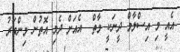
އެއީ މި އިސްލާމް ދީނަކީ މާތް  އެއަށް ދެމި އޮތުން މިންވަރު